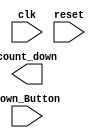
`timescale 1ns / 1ps

module Withdraw(

input clk,
input reset,
input Down_Button,
output count_down); 

localparam S00 = 0, FLAG = 1; 
reg [1:0] current_state = 0; 
reg [1:0] next_state = 0; 
reg set_flag = 1; 

always @(posedge clk) begin
    if (reset) current_state <= S00;
    else current_state <= next_state;
end
always @(current_state, Down_Button)// 
begin
    case(current_state)
        S00: begin
            if (Down_Button)
                next_state = FLAG;
            else
                next_state = S00;
        end
        FLAG: begin
            next_state = S00;
        end
        default: begin 
            next_state = S00;
        end
endcase
end
always @(current_state) begin
    case (current_state)
        S00: begin
        set_flag = 0;
    end
        FLAG: begin
        set_flag = 1;
    end
    default: begin
        set_flag = 0;
    end
endcase
end
endmodule